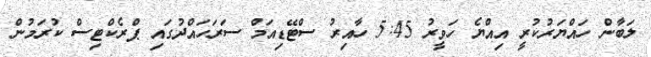
ލަބާން ހައްޔަރުކުރީ އިއްޔެ ހަވީރު 5:45 ހާއިރު ސްޓޭޑިއަމް ސަރަހައްދުގައި ޕްރެކްޓިސް ކުރަމުން